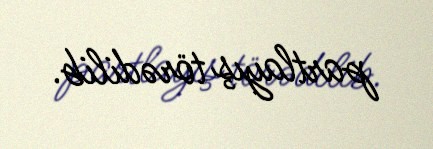
partlayış törədilib.